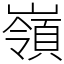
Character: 嶺